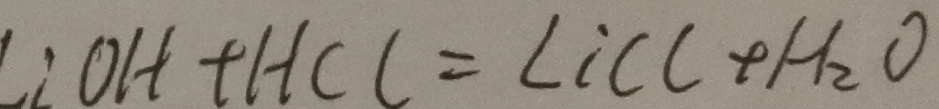
: O H + H C l = \angle i C C + H _ { 2 } O